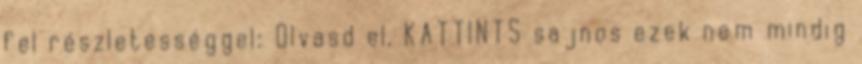
fel részletességgel: Olvasd el, KATTINTS sajnos ezek nem mindig